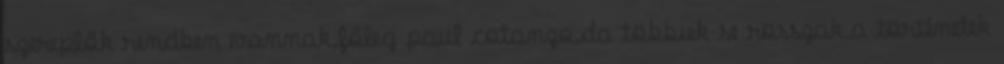
szereplők rendben vannak,főleg paul cotanzo,da többiek se rosszak.a történetek